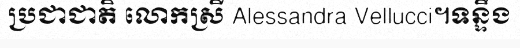
ប្រជាជាតិ លោកស្រី Alessandra Vellucci។ទន្ទឹង